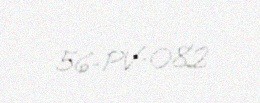
56-PV-082